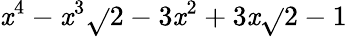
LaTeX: \mathit{x}^{4}-\mathit{x}^{3}\sqrt{}{{2}}-3\mathit{x}^{2}+3\mathit{x}\sqrt{}{{2}}-1